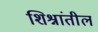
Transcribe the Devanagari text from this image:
शिश्नांतील